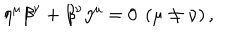
LaTeX: \eta ^ { \mu } \beta ^ { \nu } + \beta ^ { \nu } \eta ^ { \mu } = 0 \ \left( \mu \neq \nu \right) ,